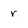
Character: r